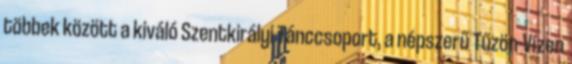
többek között a kiváló Szentkirályi Tánccsoport, a népszerű Tűzön-Vízen